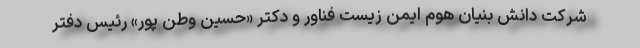
شرکت دانش بنیان هوم ایمن زیست فناور و دکتر «حسین وطن پور» رئیس دفتر